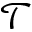
\mathcal { T }